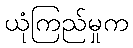
ယုံကြည်မှုက